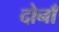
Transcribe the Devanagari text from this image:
दोनाँ